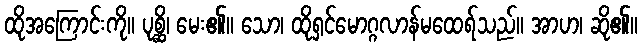
ထိုအကြောင်းကို။ ပုစ္ဆိ၊ မေး၏။ သော၊ ထိုရှင်မောဂ္ဂလာန်မထေရ်သည်။ အာဟ၊ ဆို၏။